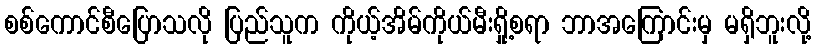
စစ်ကောင်စီပြောသလို ပြည်သူက ကိုယ့်အိမ်ကိုယ်မီးရှို့စရာ ဘာအကြောင်းမှ မရှိဘူးလို့